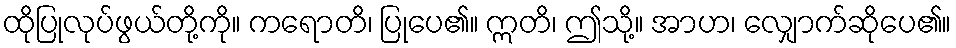
ထိုပြုလုပ်ဖွယ်တို့ကို။ ကရောတိ၊ ပြုပေ၏။ ဣတိ၊ ဤသို့။ အာဟ၊ လျှောက်ဆိုပေ၏။